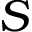
S